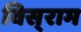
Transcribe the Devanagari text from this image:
विस्‌राम